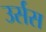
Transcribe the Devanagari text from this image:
उर्सस